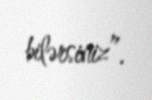
bilərsiniz”.